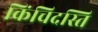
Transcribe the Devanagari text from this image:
किंचिदस्ति